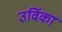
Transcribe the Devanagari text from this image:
उर्विका